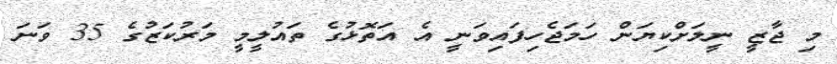
މި ޖާޒީ ނީލަށްކިޔަން ހަމަޖެހިފައިވަނީ އެ އަތޮޅުގެ ތައުލީމީ މަރުކަޒުގެ 35 ވަނަ